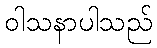
ဝါသနာပါသည်